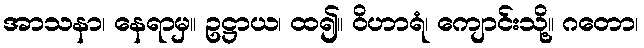
အာသနာ၊ နေရာမှ။ ဥဋ္ဌာယ၊ ထ၍။ ဝိဟာရံ၊ ကျောင်းသို့။ ဂတော၊